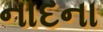
નાદના